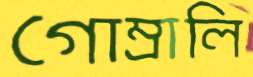
গোম্‌রালি